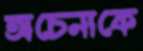
অচেনাকে